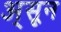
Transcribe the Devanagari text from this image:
अ्सून